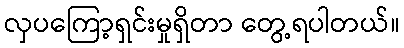
လှပကြော့ရှင်းမှုရှိတာ တွေ့ရပါတယ်။